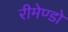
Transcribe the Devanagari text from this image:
रीमेण्डो